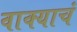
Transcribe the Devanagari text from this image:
वाक्याचं